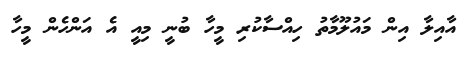
އާއިލާ އިން މައުލޫމާތު ހިއްސާކުރި މީހާ ބުނީ މިއީ އެ އަންހެން މީހާ